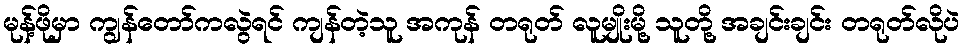
မုန့်ဖိုမှာ ကျွန်တော်ကလွဲရင် ကျန်တဲ့သူ အကုန် တရုတ် လူမျိုးမို့ သူတို့ အချင်းချင်း တရုတ်လိုပဲ